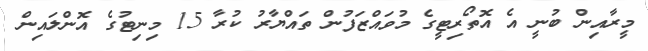
މީރާއިން ބުނީ އެ އޮތޯރިޓީގެ މުވައްޒަފުން ތައްޔާރު ކުރާ 15 މިނިޓުގެ އޮންލައިން